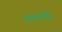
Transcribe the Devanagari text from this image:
कतरती